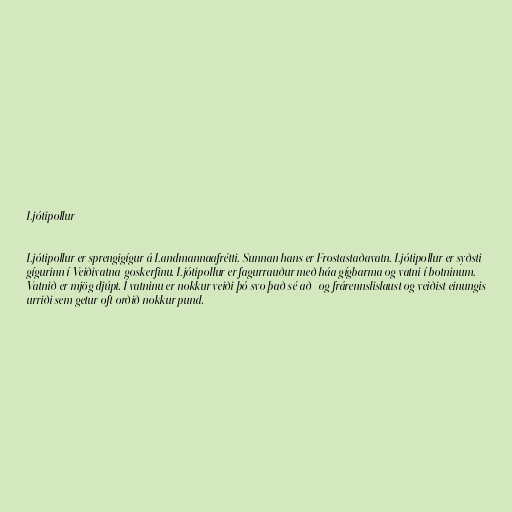
Ljótipollur

Ljótipollur er sprengigígur á Landmannaafrétti. Sunnan hans er Frostastaðavatn. Ljótipollur er syðsti
gígurinn í Veiðivatna-goskerfinu. Ljótipollur er fagurrauður með háa gígbarma og vatni í botninum.
Vatnið er mjög djúpt. Í vatninu er nokkur veiði þó svo það sé að- og frárennslislaust og veiðist einungis
urriði sem getur oft orðið nokkur pund.